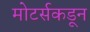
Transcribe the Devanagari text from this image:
मोटर्सकडून